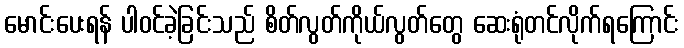
မောင်းပေးရန် ပါဝင်ခဲ့ခြင်းသည် စိတ်လွတ်ကိုယ်လွတ်တွေ ဆေးရုံတင်လိုက်ရကြောင်း